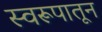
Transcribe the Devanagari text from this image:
स्वरूपातून